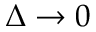
\Delta \rightarrow 0